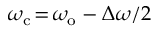
\omega _ { \mathrm { c } } \! = \! \omega _ { \mathrm { o } } - \Delta \omega / 2